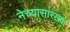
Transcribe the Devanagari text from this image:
नेच्यासारख्या